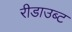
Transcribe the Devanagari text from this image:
रीडाउब्ट